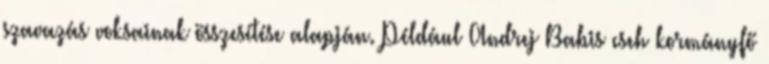
szavazás voksainak összesítése alapján. Például Andrej Babis cseh kormányfő